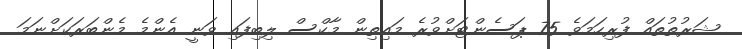
ޝަރުތުތައް ފުރިހަމަވެ 75 ޕަސެންޓަށްވުރެ މައިތިން މާކްސް ލިބިފައި ވަނީ އެންމެ މެންބަރަކަށްނަމަ